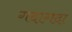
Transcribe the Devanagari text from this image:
गदागदा